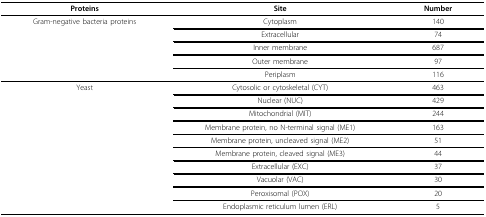
<table><thead><tr><td><b>Proteins</b></td><td><b>Site</b></td><td><b>Number</b></td></tr></thead><tbody><tr><td>Gram-negative bacteria proteins</td><td>Cytoplasm</td><td>140</td></tr><tr><td></td><td>Extracellular</td><td>74</td></tr><tr><td></td><td>Inner membrane</td><td>687</td></tr><tr><td></td><td>Outer membrane</td><td>97</td></tr><tr><td></td><td>Periplasm</td><td>116</td></tr><tr><td>Yeast</td><td>Cytosolic or cytoskeletal (CYT)</td><td>463</td></tr><tr><td></td><td>Nuclear (NUC)</td><td>429</td></tr><tr><td></td><td>Mitochondrial (MIT)</td><td>244</td></tr><tr><td></td><td>Membrane protein, no N-terminal signal (ME1)</td><td>163</td></tr><tr><td></td><td>Membrane protein, uncleaved signal (ME2)</td><td>51</td></tr><tr><td></td><td>Membrane protein, cleaved signal (ME3)</td><td>44</td></tr><tr><td></td><td>Extracellular (EXC)</td><td>37</td></tr><tr><td></td><td>Vacuolar (VAC)</td><td>30</td></tr><tr><td></td><td>Peroxisomal (POX)</td><td>20</td></tr><tr><td></td><td>Endoplasmic reticulum lumen (ERL)</td><td>5</td></tr></tbody></table>